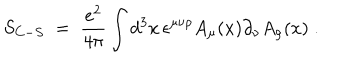
S _ { C - S } \; = \; \frac { e ^ { 2 } } { 4 \pi } \int d ^ { 3 } x \, \epsilon ^ { \mu \nu \rho } A _ { \mu } ( x ) \partial _ { \nu } A _ { \rho } ( x ) \; .